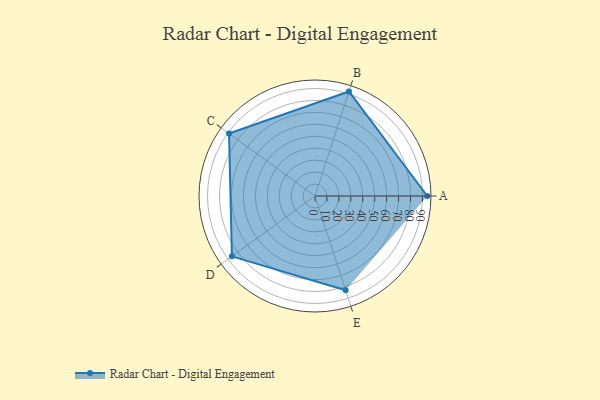
{"axis": {"x": "Skill", "y": "Score"}, "legend": ["Profile"], "data": [{"x": "A", "y": 94.0, "type": "Profile"}, {"x": "B", "y": 92.0, "type": "Profile"}, {"x": "C", "y": 89.0, "type": "Profile"}, {"x": "D", "y": 86.0, "type": "Profile"}, {"x": "E", "y": 83.0, "type": "Profile"}]}